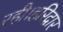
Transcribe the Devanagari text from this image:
रही।हरिद्वार